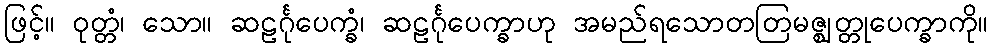
ဖြင့်။ ဝုတ္တံ၊ သော။ ဆဠင်္ဂုပေက္ခံ၊ ဆဠင်္ဂုပေက္ခာဟု အမည်ရသောတတြမဇ္ဈတ္တုပေက္ခာကို။